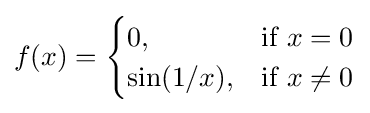
f(x)={\begin{cases}0,&{\mbox{if }}x=0\\\sin(1/x),&{\mbox{if }}x\neq 0\end{cases}}